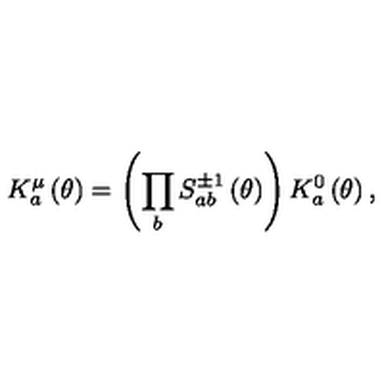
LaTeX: K _ { a } ^ { \mu } \left( \theta \right) = \left( \prod _ { b } S _ { a b } ^ { \pm 1 } \left( \theta \right) \right) K _ { a } ^ { 0 } \left( \theta \right) ,